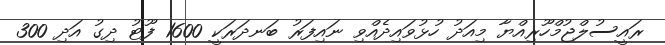
ރައީސުލްޖުމްހޫރިއްޔާ މިއަދު ހުޅުވައިދެއްވި ނައިފަރު ބަނދަރަކީ 1600 ފޫޓު ދިގު އަދި 300